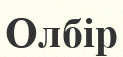
Олбір